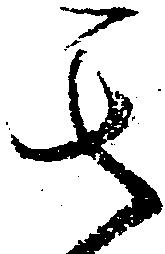
其